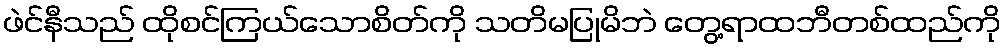
ဖဲင်နီသည် ထိုစင်ကြယ်သောစိတ်ကို သတိမပြုမိဘဲ တွေ့ရာထဘီတစ်ထည်ကို